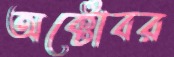
অক্টোবর